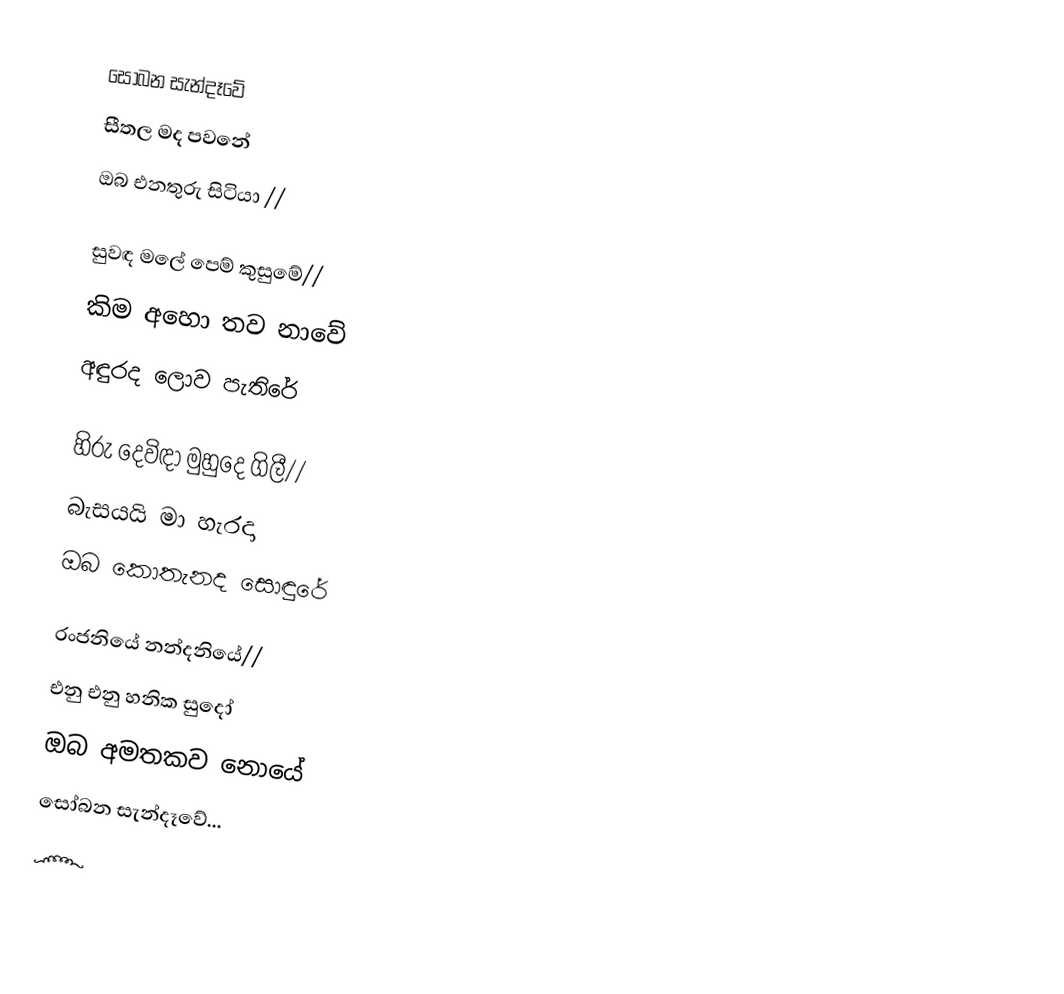
සෝබන සැන්දෑවේ
සීතල මද පවනේ
ඔබ එනතුරු සිටියා //

සුවඳ මලේ පෙම් කුසුමේ//
කිම අහො තව නාවේ
අඳුරද ලොව පැතිරේ

හිරු දෙවිඳා මුහුදෙ ගිලී//
බැසයයි මා හැරදා
ඔබ කොතැනද සොඳුරේ

රංජනියේ නන්දනියේ//
එනු එනු හනික සුදෝ
ඔබ අමතකව නොයේ
සෝබන සැන්දෑවේ...
෴